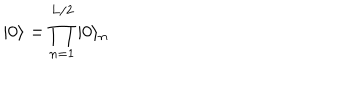
LaTeX: | 0 \rangle = \prod _ { n = 1 } ^ { L / 2 } | 0 \rangle _ { n }